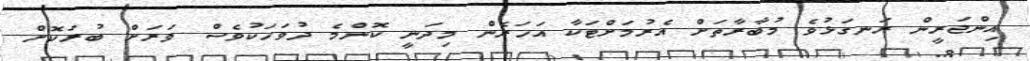
އިންޖަރީން ރަނގަޅުވެ މުބާރާތަށް އެރުމަށްޓަކާ އަހަރެން މިދަނީ ކޮންމެ ދުވަހަކުވެސް ވަރަށް ބުރަކޮށް